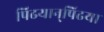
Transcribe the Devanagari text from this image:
पिढयान्‌पिढया